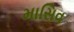
માસિવ